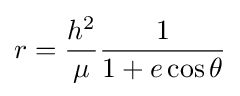
r={{h^{2}} \over {\mu }}{{1} \over {1+e\cos \theta }}